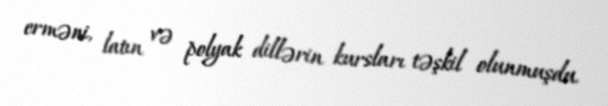
erməni, latın və polyak dillərin kursları təşkil olunmuşdu.